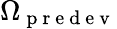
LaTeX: \Omega_{\mathrm{~p~r~e~d~e~v~}}